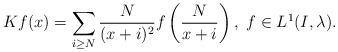
\begin{align*}K f(x) = \sum_{i \geq N} \frac{N}{(x+i)^2} f\left(\frac{N}{x+i}\right), \ f \in L^1(I, \lambda). \end{align*}